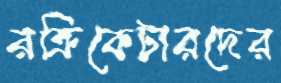
রক্রিকেটারদের